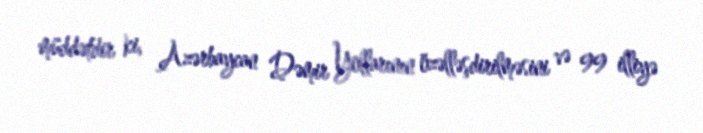
müddətdir ki, Azərbaycan Dəmir Yollarının özəlləşdirilməsini və 99 illiyə